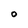
Character: O